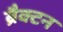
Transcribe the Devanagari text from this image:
ब्रैक्टन